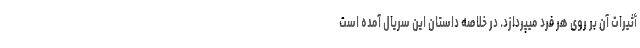
أثیرات آن بر روی هر فرد میپردازد. در خلاصه داستان این سریال آمده است